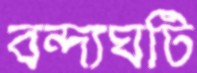
বন্দ্যঘটি